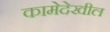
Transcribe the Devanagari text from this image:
कामेदेखील